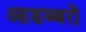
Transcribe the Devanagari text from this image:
आडब्बरों